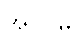
အပင်မှ